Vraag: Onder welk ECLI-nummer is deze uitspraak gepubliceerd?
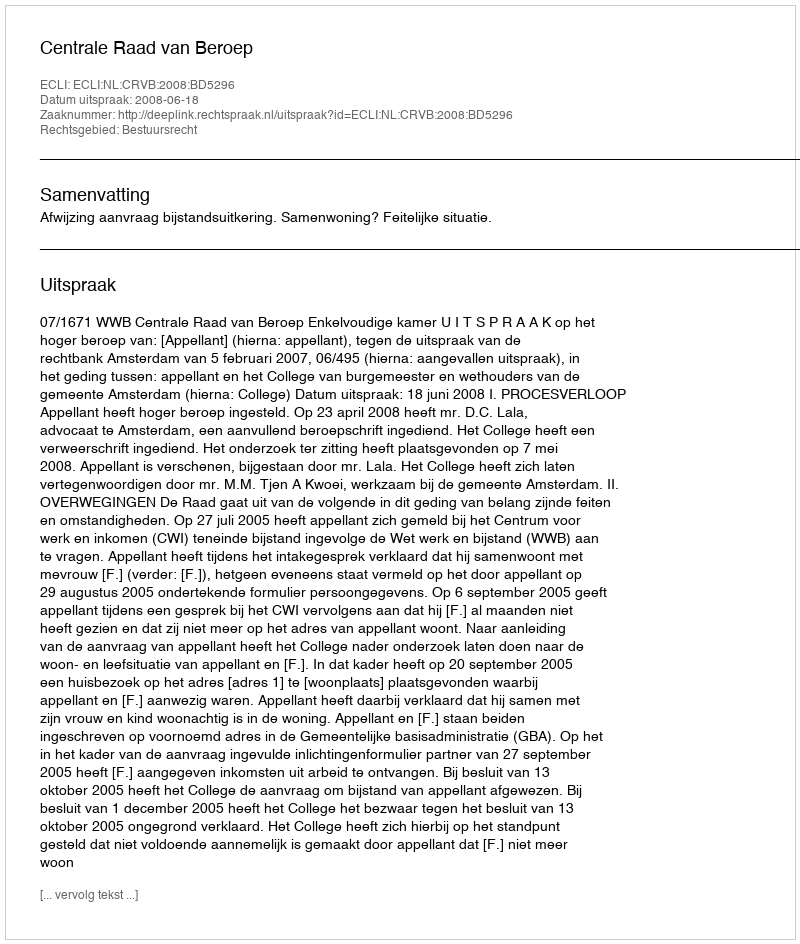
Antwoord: ECLI:NL:CRVB:2008:BD5296